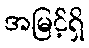
အမြင့်ရှိ